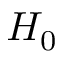
H _ { 0 }